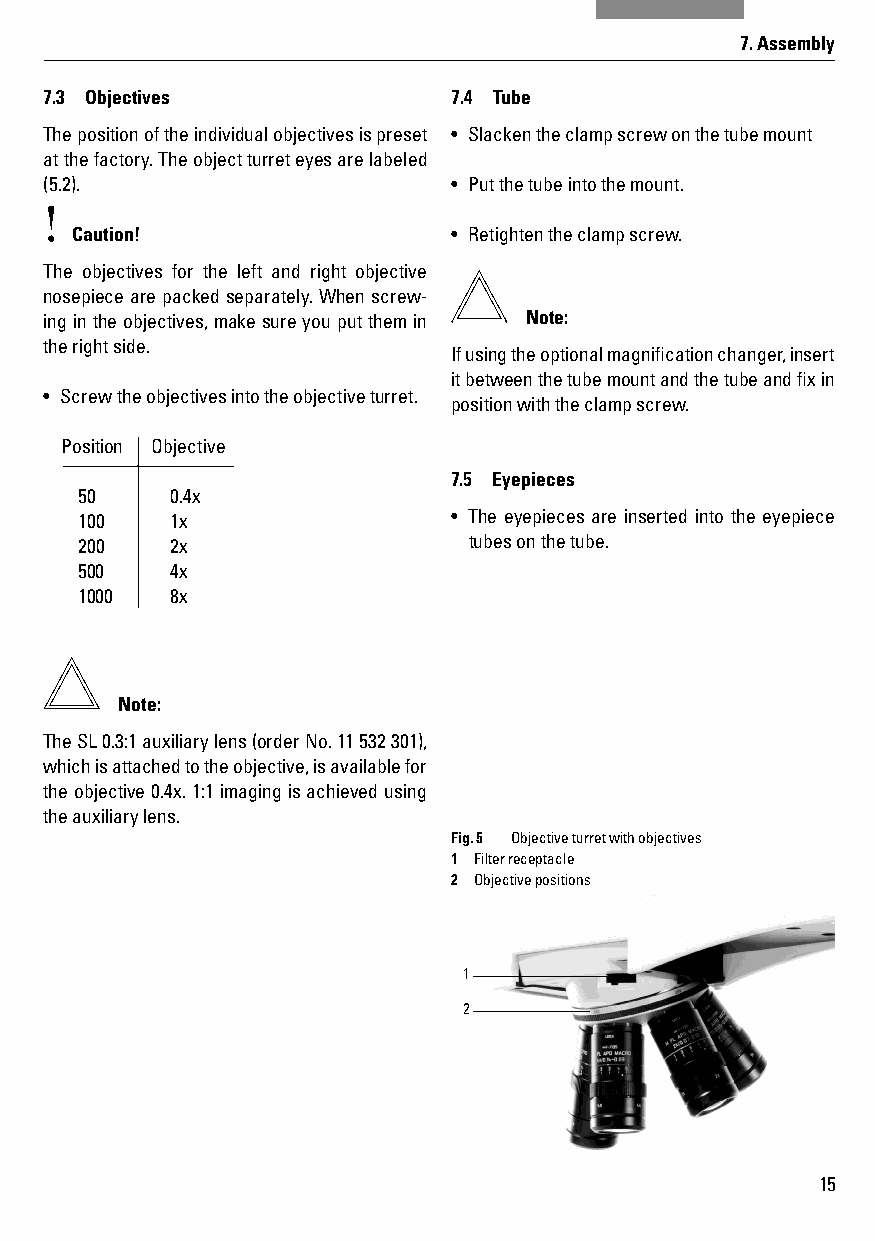
7. Assembly
 7.3 Objectives             7.4 Tube
 The position of the individual objectives is preset • Slacken the clamp screw on the tube mount
 at the factory. The object turret eyes are labeled
 (5.2).                     • Put the tube into the mount.
 !
 Caution!                 • Retighten the clamp screw.
 The objectives for the left and right objective
 nosepiece are packed separately. When screw-
 ing in the objectives, make sure you put them in Note:
 the right side.
 If using the optional magnifi cation changer, insert
 it between the tube mount and the tube and fi x in
 • Screw the objectives into the objective turret.
 position with the clamp screw.
 Position Objective
 7.5 Eyepieces
 50    0.4x
 100   1x                 • The eyepieces are inserted into the eyepiece
 200   2x                  tubes on the tube.
 500   4x
 1000  8x
 Note:
 The SL 0.3:1 auxiliary lens (order No. 11 532 301),
 which is attached to the objective, is available for
 the objective 0.4x. 1:1 imaging is achieved using
 the auxiliary lens.
 Fig. 5 Objective turret with objectives
 1 Filter receptacle
 2 Objective positions
 1
 2
 15